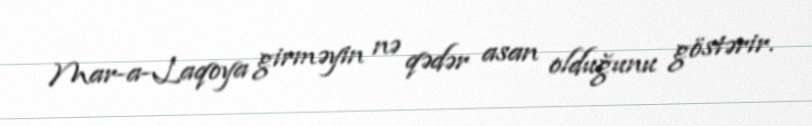
Mar-a-Laqoya girməyin nə qədər asan olduğunu göstərir.